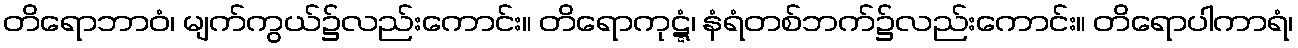
တိရောဘာဝံ၊ မျက်ကွယ်၌လည်းကောင်း။ တိရောကုဋ္ဋံ၊ နံရံတစ်ဘက်၌လည်းကောင်း။ တိရောပါကာရံ၊